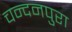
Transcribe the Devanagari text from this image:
चन्दनपुरा